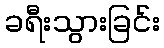
ခရီးသွားခြင်း